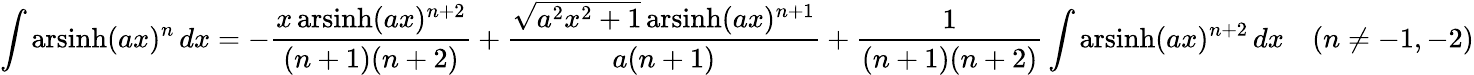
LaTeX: \int\operatorname{arsinh}(ax)^{n}\, dx=-{\frac{x\operatorname{arsinh}(ax)^{n+2}}{(n+1)(n+2)}}+{\frac{{\sqrt{a^{2}x^{2}+1}}\operatorname{arsinh}(ax)^{n+1}}{a(n+1)}}+{\frac{1}{(n+1)(n+2)}}\int\operatorname{arsinh}(ax)^{n+2}\, dx\quad(n\neq-1,-2)